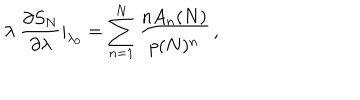
LaTeX: \lambda \ { \frac { \partial S _ { N } } { \partial \lambda } } | _ { \lambda _ { 0 } } = \sum _ { n = 1 } ^ { N } { \frac { n A _ { n } ( N ) } { p ( N ) ^ { n } } } \, ,